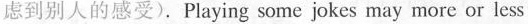
虑到别人的感受).Playing some jokes may more or less